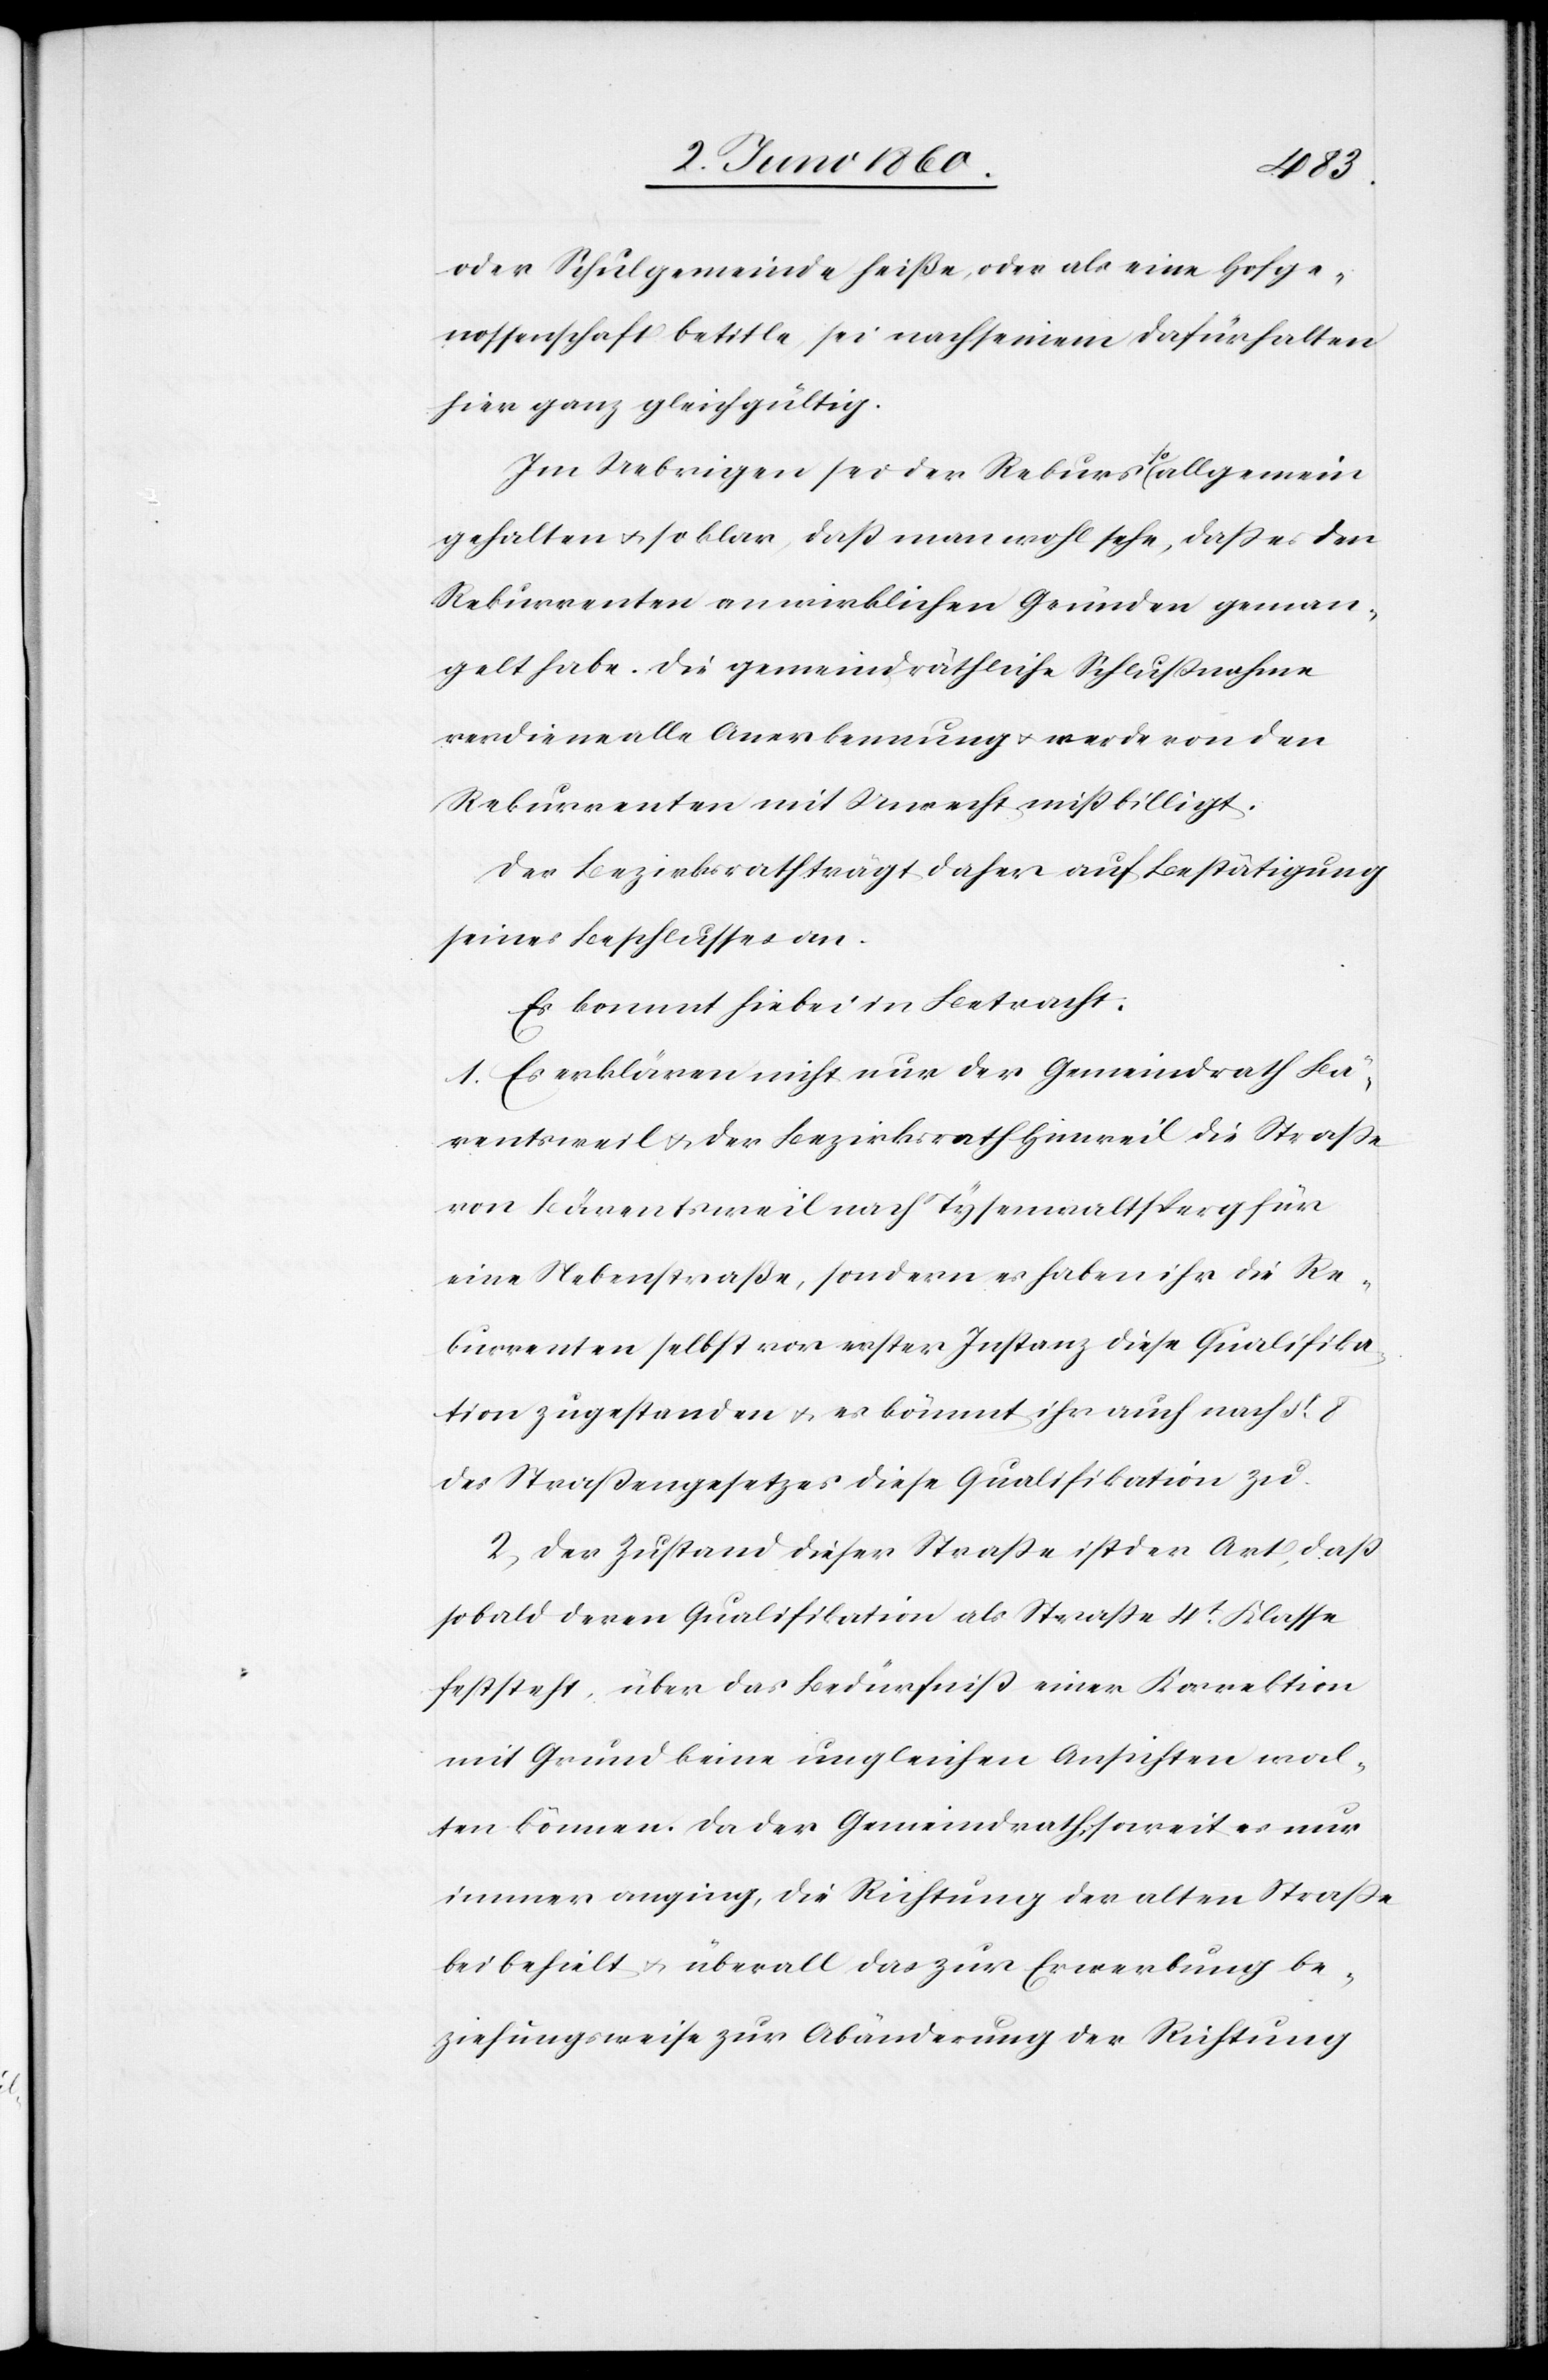
oder Schulgemeinde heiße, oder als eine Hofge¬
nossenschaft betitle, sei nach seinem Dafürhalten
hier ganz gleichgültig.
Im Uebrigen sei der Rekurs so allgemein
gehalten u. so klar, dass man wohl sehe, dass es den
Rekurrenten an wirklichen Gründen geman¬
gelt habe. Die gemeindräthliche Schlussnahme
verdiene alle Anerkennung u. werde von den
Rekurrenten mit Unrecht mißbilligt.
Der Bezirksrath trägt daher auf Bestätigung
seines Beschlusses an.
Es kommt hiebei in Betracht:
1. Es erklären nicht nur der Gemeindrath Bä¬
rentsweil u. der Bezirksrath Hinweil die Strasse
von Bärentsweil nach Tysenwaltsperg für
eine Nebenstraße, sondern es haben ihr die Re¬
kurrenten selbst vor erster Instanz diese Qualifika¬
tion zugestanden u. es kömmt ihr auch nach §. 8.
des Strassengesetzes diese Qualifikation zu.
2. Der Zustand dieser Strasse ist der Art, dass
sobald deren Qualifikation als Strasse 4t Klasse
feststeht, über das Bedürfniss einer Korrektion
mit Grund keine ungleichen Ansichten wal¬
ten können. Da der Gemeindrath, soweit es nur
immer anging, die Richtung der alten Strasse
beibehielt u. überall das zur Erwerbung be¬
ziehungsweise zur Abänderung der Richtung